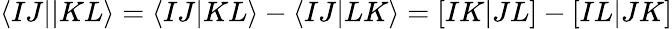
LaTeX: \langle IJ||KL\rangle=\langle IJ|KL\rangle-\langle IJ|LK\rangle=[IK|JL]-[IL|JK]